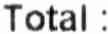
TOTAL :